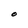
Character: O